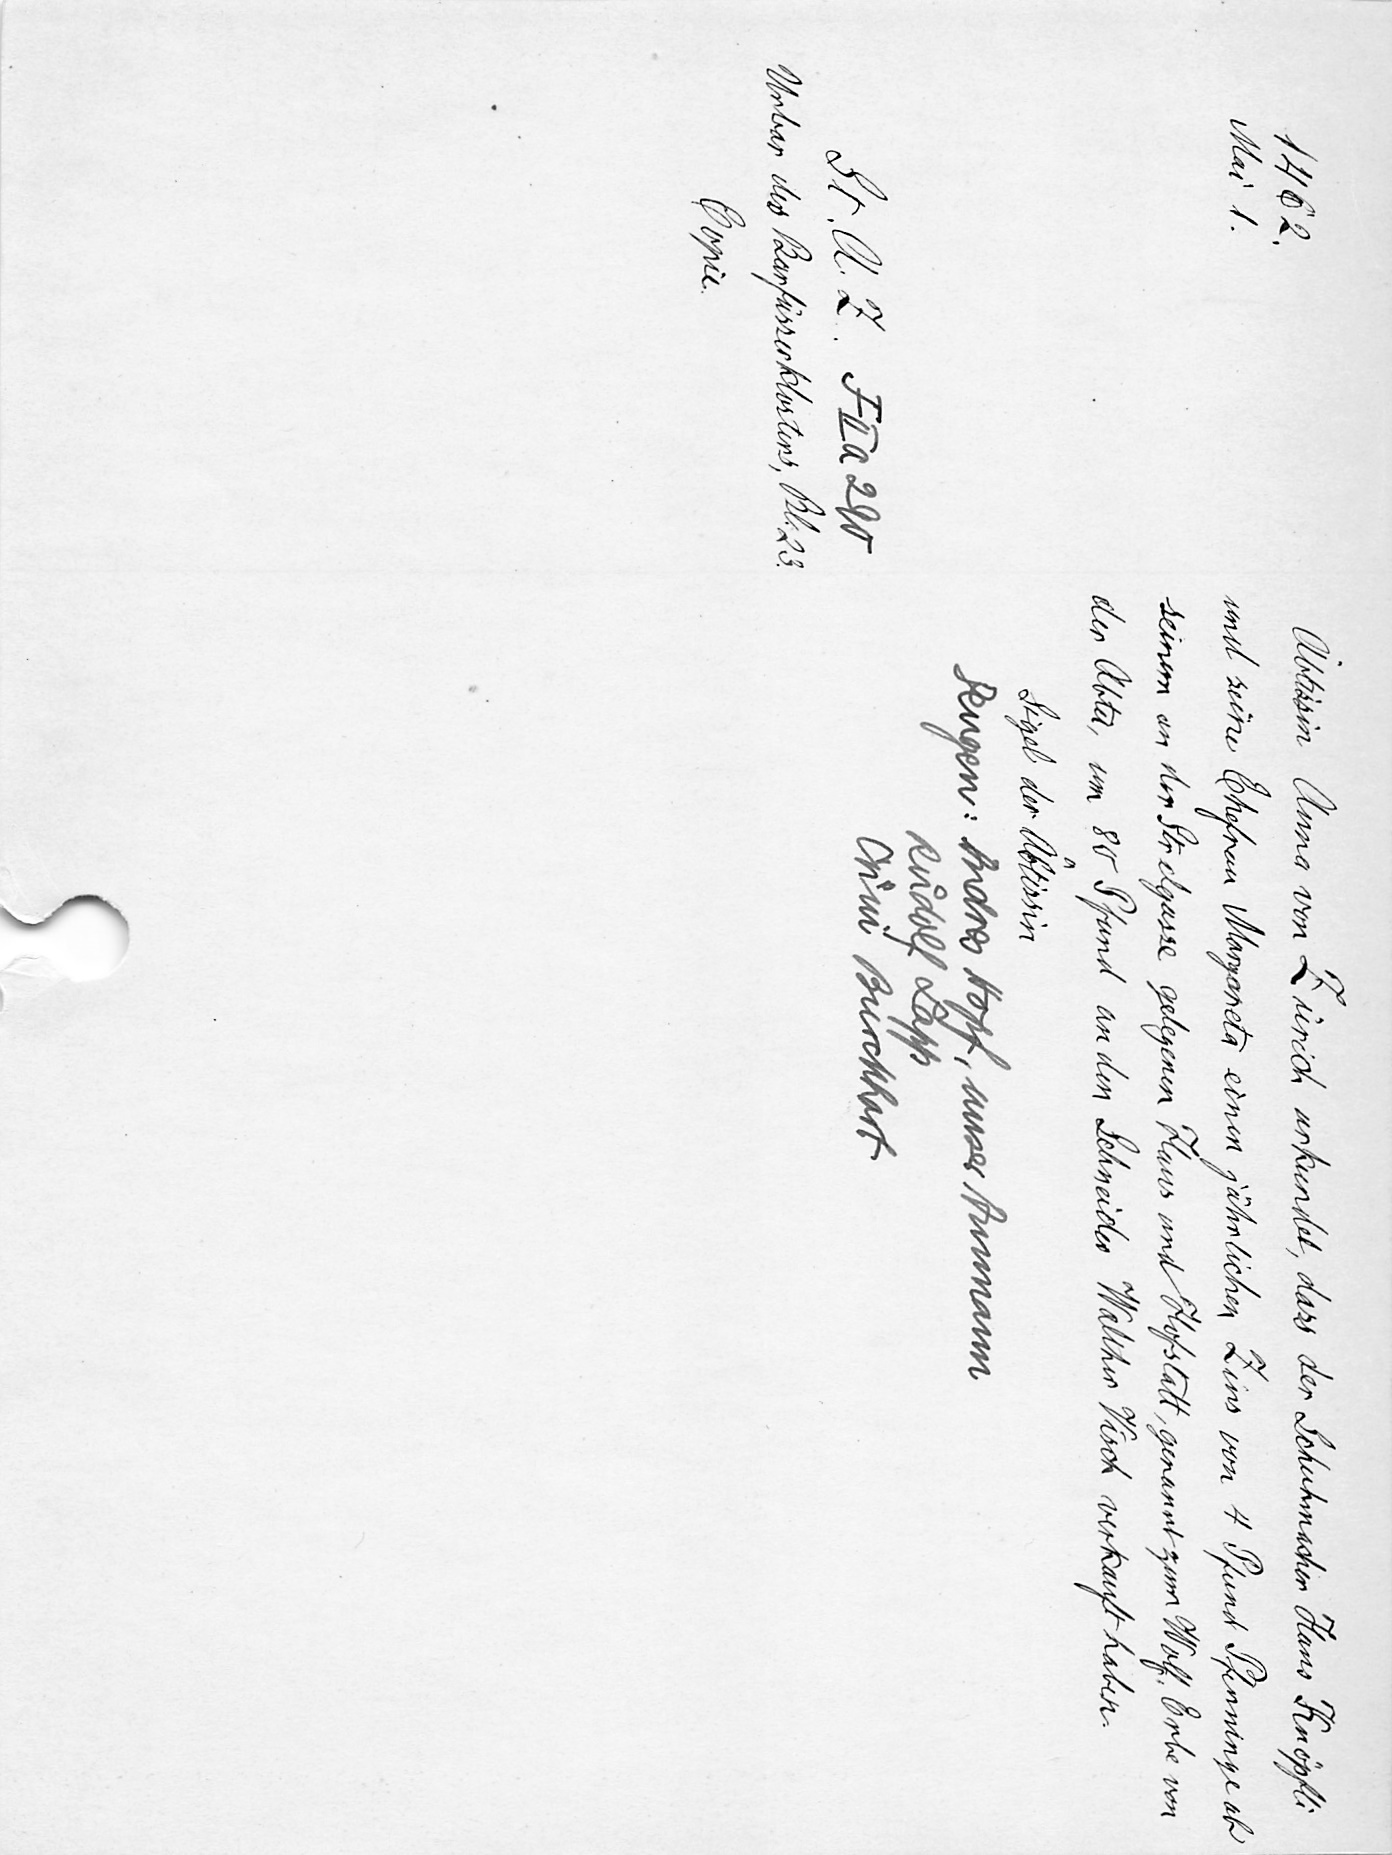
Äbtissin Anna von Zürich urkundet, dass der Schuhmacher Hans Knöpfli
und eine Ehefrau Margareta einen jährlichen Zins von 4 Pfund Pfenninge ab
seinem an der Strelgasse gelegenen Haus und Hofstatt, genannt zum Wolf, Erbe von
der Abtei, um 80 Pfund an den Schneider Walther Visch verkauft haben
Sigel der Äbtissin
Zeugen: Andres Hopf, unser Ammann
Ruͦdolf Lapp
Chuͤni Burckhart

1462
Mai 1.
St A Z F IIa 290
Urbar des Barfüsserklosters, Bl. 23
Copie